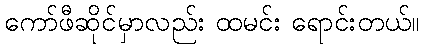
ကော်ဖီဆိုင်မှာလည်း ထမင်း ရောင်းတယ်။